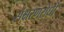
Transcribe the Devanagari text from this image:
संक्षरणरोधी